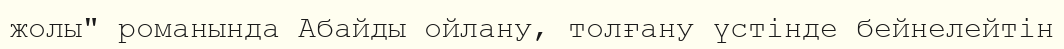
жолы" романында Абайды ойлану, толғану үстінде бейнелейтін